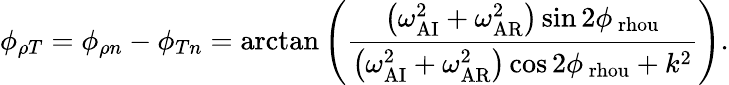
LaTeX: \phi_{\rho T}=\phi_{\rho n}-\phi_{Tn}=\arctan\left(\frac{\left(\omega_{\mathrm{AI}}^{2}+\omega_{\mathrm{AR}}^{2}\right)\sin{2\phi_{\mathrm{\ rhou}}}}{\left(\omega_{\mathrm{AI}}^{2}+\omega_{\mathrm{AR}}^{2}\right)\cos{2\phi_{\mathrm{\ rhou}}}+k^{2}}\right).